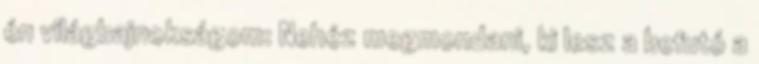
én világbajnokságom: Nehéz megmondani, ki lesz a befutó a